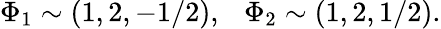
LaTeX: \Phi_{1}\sim(1,2,-1/2),~~~\Phi_{2}\sim(1,2,1/2).